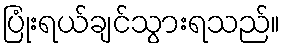
ပြုံးရယ်ချင်သွားရသည်။